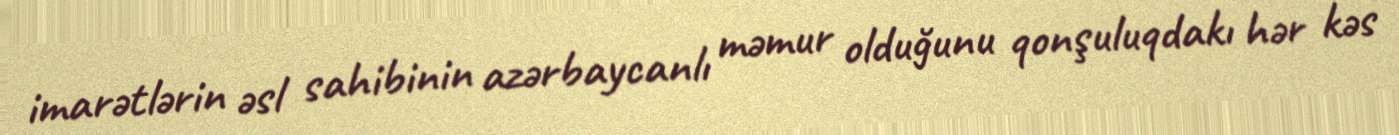
imarətlərin əsl sahibinin azərbaycanlı məmur olduğunu qonşuluqdakı hər kəs